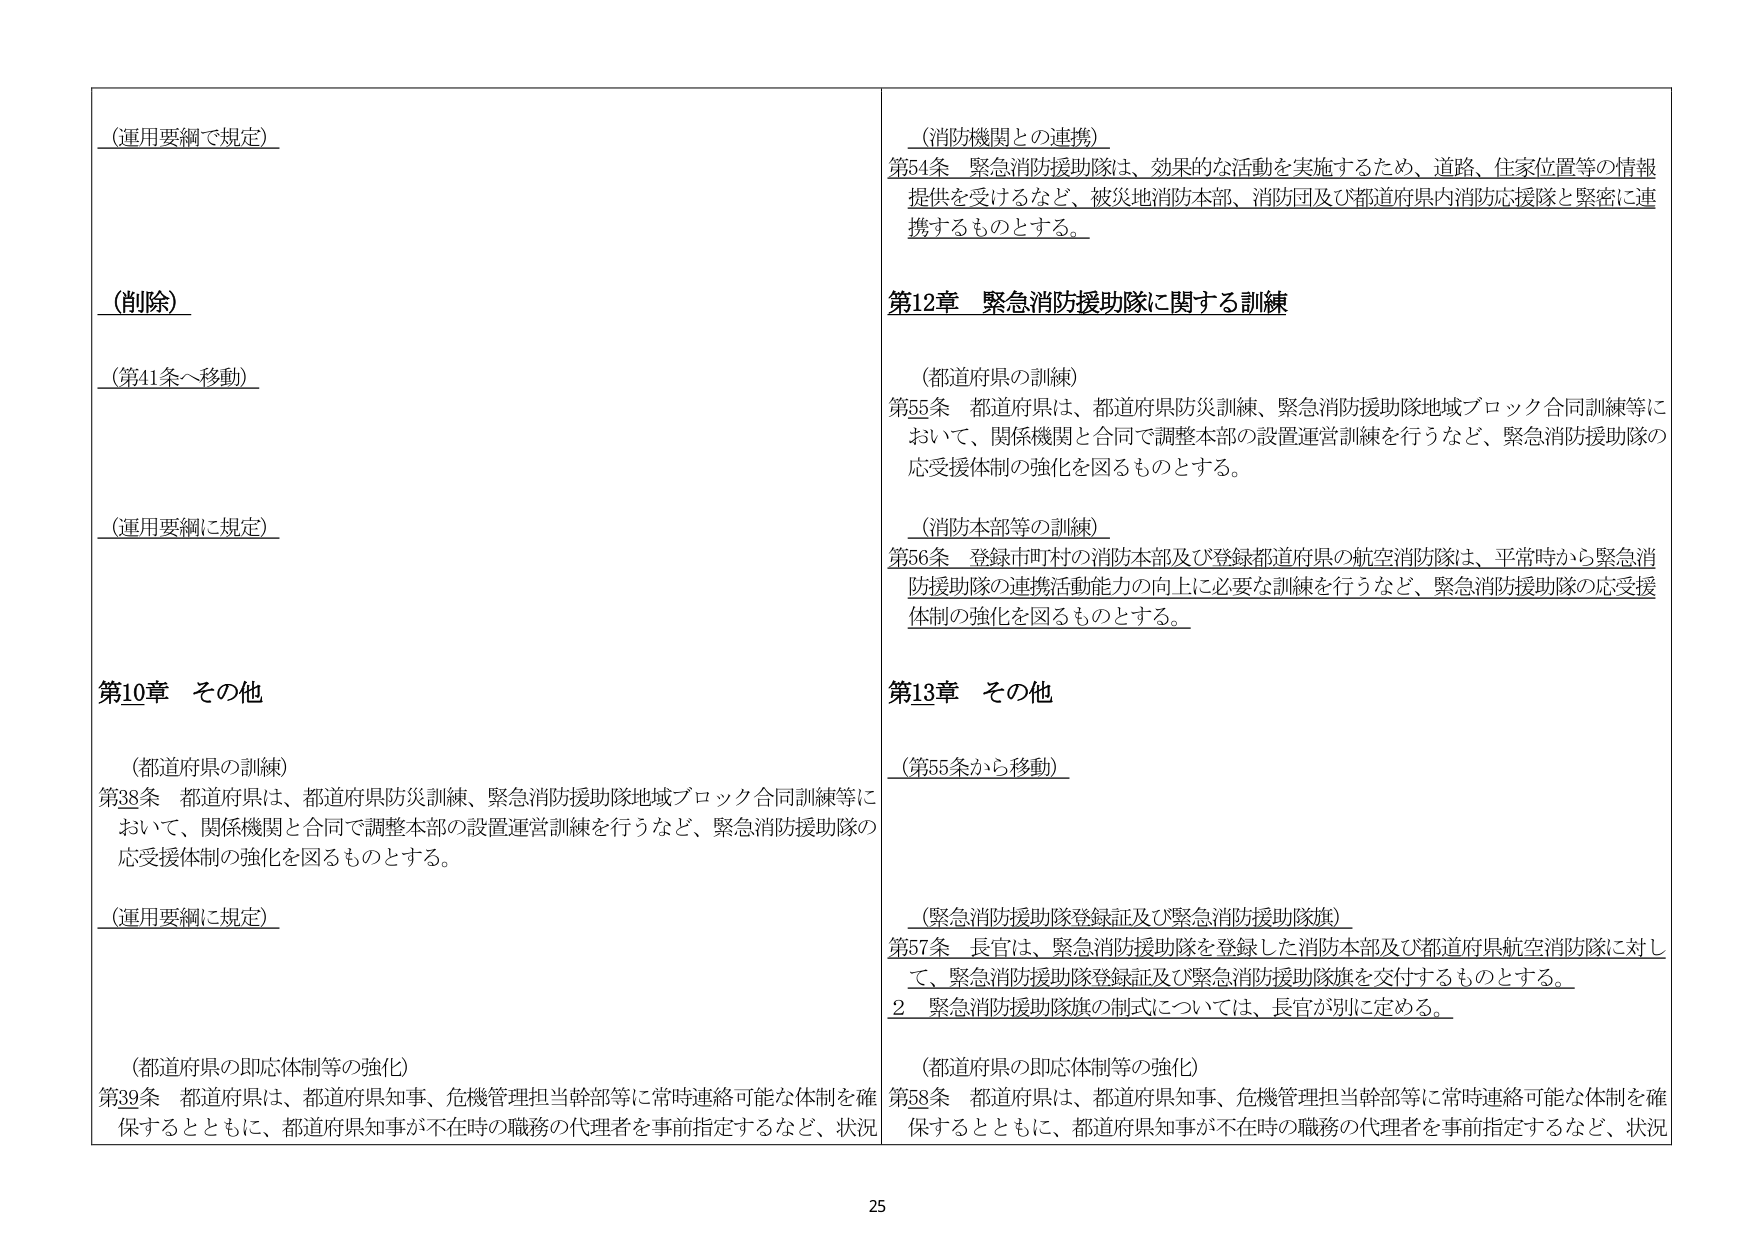
（運用要綱で規定）

（削除）
（第41条へ移動）

（運用要綱に規定）

第10章 その他

（都道府県の訓練）
第38条 都道府県は、都道府県防災訓練、緊急消防援助隊地域ブロック合同訓練等において、関係機関と合同で調整本部の設置運営訓練を行うなど、緊急消防援助隊の応援体制の強化を図るものとする。

（運用要綱に規定）

（都道府県の即応体制等の強化）
第39条 都道府県は、都道府県知事、危機管理担当幹部等に常時連絡可能な体制を確保するとともに、都道府県知事が不在時の職務の代理者を事前指定するなど、状況

（消防機関との連携）
第54条 緊急消防援助隊は、効果的な活動を実施するため、道路、住家位置等の情報提供を受けるなど、被災地消防本部、消防団及び都道府県内消防応援隊と緊密に連携するものとする。

第12章 緊急消防援助隊に関する訓練

（都道府県の訓練）
第55条 都道府県は、都道府県防災訓練、緊急消防援助隊地域ブロック合同訓練等において、関係機関と合同で調整本部の設置運営訓練を行うなど、緊急消防援助隊の応援体制の強化を図るものとする。

（消防本部等の訓練）
第56条 登録市町村の消防本部及び登録都道府県の航空消防隊は、平常時から緊急消防援助隊の連携活動能力の向上に必要な訓練を行うなど、緊急消防援助隊の応援体制の強化を図るものとする。

第13章 その他

（第55条から移動）

（緊急消防援助隊登録証及び緊急消防援助隊旗）
第57条 長官は、緊急消防援助隊を登録した消防本部及び都道府県航空消防隊に対して、緊急消防援助隊登録証及び緊急消防援助隊旗を交付するものとする。
２ 緊急消防援助隊旗の制式については、長官が別に定める。

（都道府県の即応体制等の強化）
第58条 都道府県は、都道府県知事、危機管理担当幹部等に常時連絡可能な体制を確保するとともに、都道府県知事が不在時の職務の代理者を事前指定するなど、状況

25